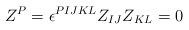
LaTeX: \begin{align*}Z^P=\epsilon^{PIJKL}Z_{IJ}Z_{KL}=0 \end{align*}